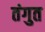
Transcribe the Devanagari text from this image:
तंगुत